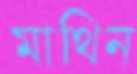
মাথিন